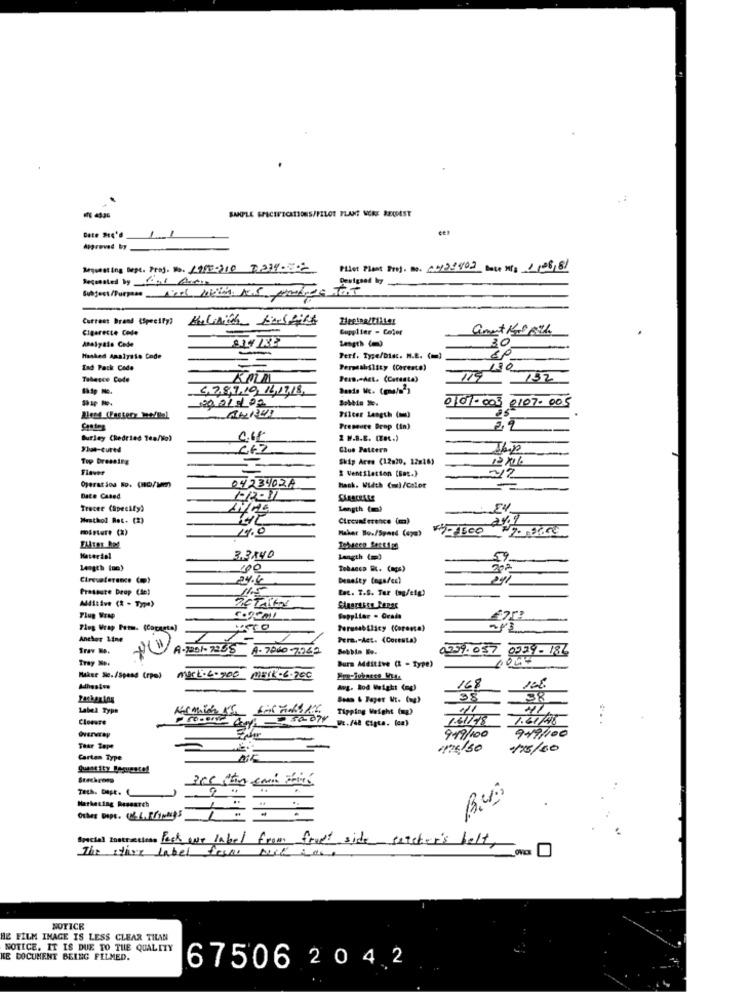
SAMPLE SPECIFICATIONS/PELOT PLANT NCRE REQUEST
Approved by
Requesting hope. Proj. No. 1995-310 7239-82
Pier Plant Prof. no. 05133802 Date Nf: 1/06/81
Requested by For At
Current Brand (Specify?
Cigarette Code
Supplier - Color
Analyats Code
Length ()
30
Hanked Analysts Code
-
Perf. Type/Diec. M.E. ( == )
Ind Pack Code
Perstability (Coresto)
130
Tabasco Code
Pean. Act. (Ceraata)
132
6, 7,8,9,10, 16,17,18,
20 21 / 02
0101-003 0107-005
Best Cestery Medial
Filter Length (m)
Pressure Drop (in)
Burley Chedried Tea/Vo)
2 M.B.E. (Tot.)
Shot-cured
Clue Pattern
Top Dressing
Skip Area (12820, 12#16)
Flaves
2 Ventilation (Bat.)
Operatãoa Bo. (no/wm)
04234028
Hack. Width (m)/Cslot
Date Cased
Tracer (Specify)
Length (mm?
.54
Westhol Ret. (2)
2%9
Maher Bo./Spasd (epa)
-1500
Material
3,3840
Length (=)
59
Length (um)
00
Tobacco E. (aps)
202
Cireveterance ()
24.6
Density (ogs/es)
Pressure Drop (de)
115
Lac. 7.S. Tar (ag/eig)
76 TALLE
Maltive (2 - Type)
Flug Wrap
Soppitar . Grada
Fleg Wrap Pers. (Cocagte)
Anther 14mg
Pera .- Act. (Cocesta)
Trav No.
A-1201-7255 A- 7660 -7949
2229.057
0229- 184
Ivay No:
Burs Mastive (1 - Type)
Mace Se./Spand (rpo)
mark-6-900
168
Adhesive
-
Awg. Rod Weight (ng)
38
38
Label Type
Tipping Weight (np)
Clonare
1.61/48
919/100
919/100
Taar Tope
1175 30
1/5/60
Carton Type
TeLA. Dapt.
Marketing Research
social tostration lock we label from front side sercher's belt,
Thethe label ferme suit case
NOTICE
HIE FILM IMAGE IS LESS CLEAR THAN
NOTICE. IT IS DUE TO THE QUALITY
KE DOCUMENT BEING FILMED.
67506 2042